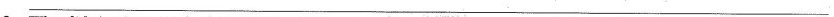
\underline